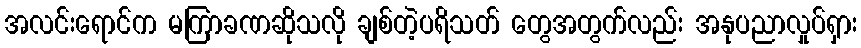
အလင်းရောင်က မကြာခဏဆိုသလို ချစ်တဲ့ပရိသတ် တွေအတွက်လည်း အနုပညာလှုပ်ရှား